Source: Handwritten
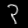
Digit: ၃ (3)